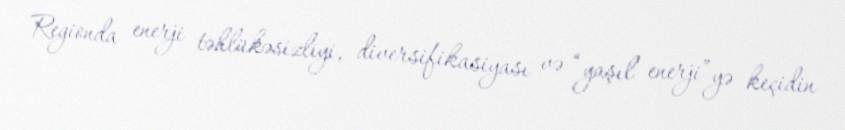
Regionda enerji təhlükəsizliyi, diversifikasiyası və “yaşıl enerji”yə keçidin